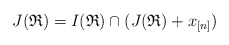
\begin{align*} J(\mathfrak{R})=I(\mathfrak{R})\cap(J(\mathfrak{R})+x_{[n]})\end{align*}